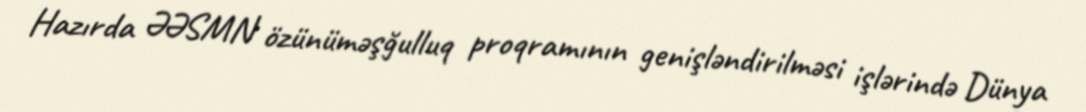
Hazırda ƏƏSMN özünüməşğulluq proqramının genişləndirilməsi işlərində Dünya